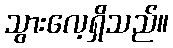
သွားလေ့ရှိသည်။